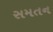
સમતન